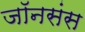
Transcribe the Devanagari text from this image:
जॉनसंस